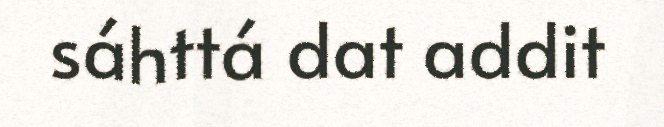
sáhttá dat addit